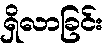
ရှိလာခြင်း